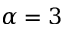
\alpha = 3